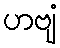
ဟဗျံ